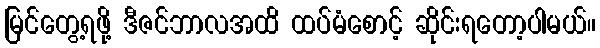
မြင်တွေ့ရဖို့ ဒီဇင်ဘာလအထိ ထပ်မံစောင့် ဆိုင်းရတော့ပါမယ်။